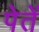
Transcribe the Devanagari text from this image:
पेतें